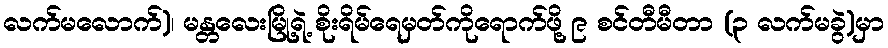
လက်မလောက်)၊ မန္တလေးမြို့ရဲ့ စိုးရိမ်ရေမှတ်ကိုရောက်ဖို့ ၉ စင်တီမီတာ (၃ လက်မခွဲ)မှာ